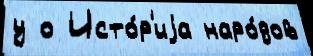
у о Исто́р'иjа наро́дов